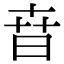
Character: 㫩